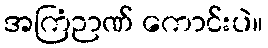
အကြံဉာဏ် ကောင်းပဲ။